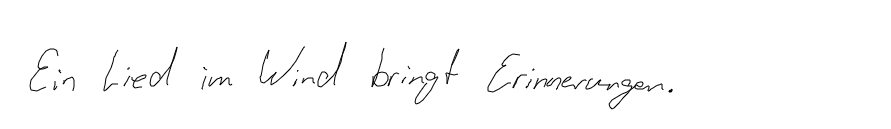
Ein Lied im Wind bringt Erinnerungen.